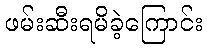
ဖမ်းဆီးရမိခဲ့ကြောင်း